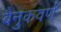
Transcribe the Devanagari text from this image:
बैनुकवर्ण